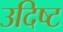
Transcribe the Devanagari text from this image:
उदिष्ट